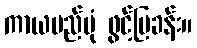
ကာယမည်ပုံ ဖွင့်ပြခန်း။